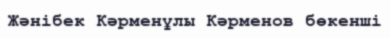
Жәнібек Кәрменұлы Кәрменов бөкенші